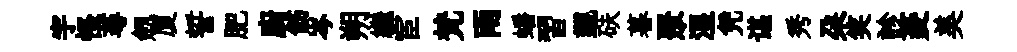
宇怪蕚劔厦誓肥廚飭岑朔繼宦梵兩蟠習覲砆暮聚湿凭谌秀朶笑診菱美